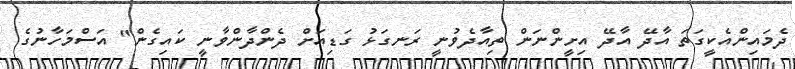
ދެމައިންއެކީގަތަ އާދޭ އާދޭ އިށީންނަން ތިއާދެވުނީ ރަނގަޅު ގަޑިއަށް ދެންދާންވާނީ ކައިގެން" އަސްމަހާނުގެ